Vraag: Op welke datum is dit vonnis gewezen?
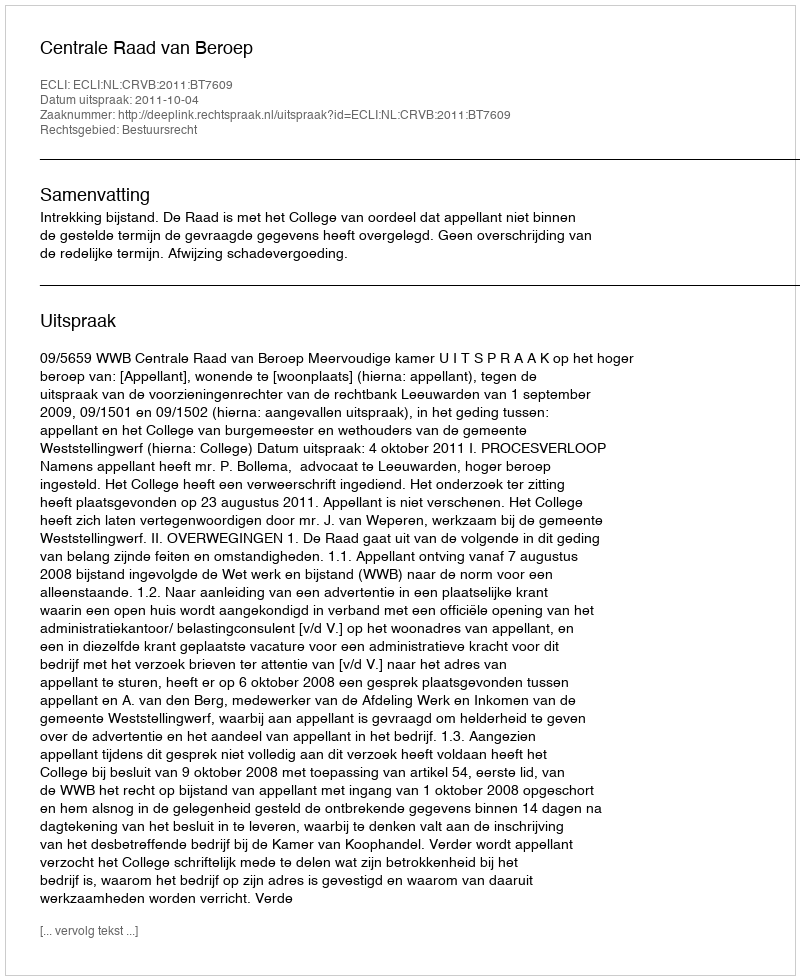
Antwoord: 2011-10-04